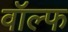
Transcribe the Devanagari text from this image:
वॉल्फ